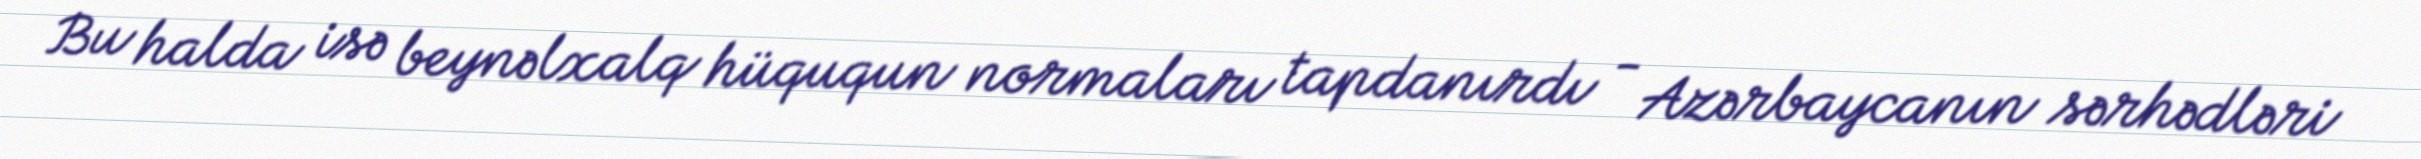
Bu halda isə beynəlxalq hüququn normaları tapdanırdı - Azərbaycanın sərhədləri